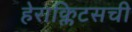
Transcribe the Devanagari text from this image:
हेराक्लिटसची